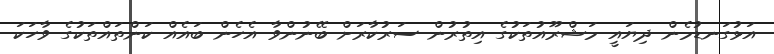
އަޅުގަނޑުމެން ދިޔައީ މަޝްރޫއުތަކުގެ އިތުރުން ސަރުކާރަށް ބޭނުންވާ އެހެން ބައެއް ކަންތައްތަކުގެ ވާހަކަ